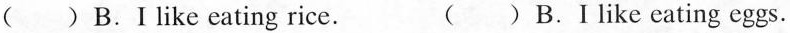
( ) B.I like eating rice. ( ) B.I like eating eggs.